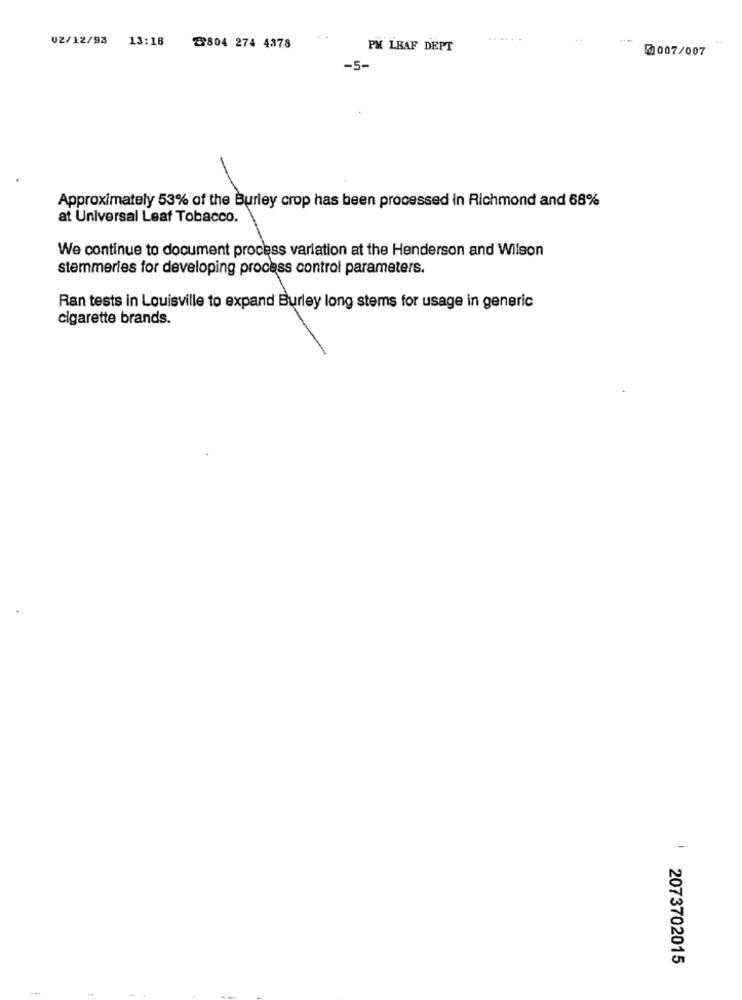
02/12/93 13:18
...
2804 274 4378
PM LEAF DEPT
0007/007
-5-
Approximately 53% of the Burley crop has been processed In Richmond and 68%
at Universal Leaf Tobacco.
We continue to document process variation at the Henderson and Wilson
stemmerles for developing process control parameters.
Ran tests in Louisville to expand Burley long stems for usage in generic
cigarette brands.
--
2073702015